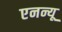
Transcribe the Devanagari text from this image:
एनन्यू